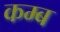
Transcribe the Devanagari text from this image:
कम्ब